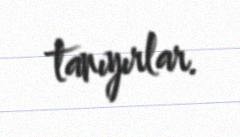
tanıyırlar.